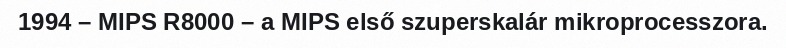
1994 – MIPS R8000 – a MIPS első szuperskalár mikroprocesszora.